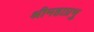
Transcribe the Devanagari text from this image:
श्रीमहाप्रभु